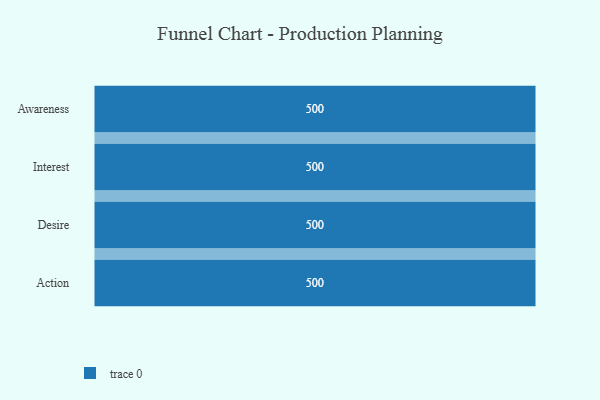
{"axis": {"x": "Stage", "y": "Value"}, "legend": [""], "data": [{"x": "Awareness", "y": 500, "type": ""}, {"x": "Interest", "y": 500, "type": ""}, {"x": "Desire", "y": 500, "type": ""}, {"x": "Action", "y": 500, "type": ""}]}